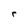
Character: r